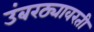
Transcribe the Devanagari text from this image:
उंबरठ्यावरती